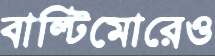
বাল্টিমোরেও